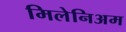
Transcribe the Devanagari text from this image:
मिलेनिअम